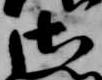
御